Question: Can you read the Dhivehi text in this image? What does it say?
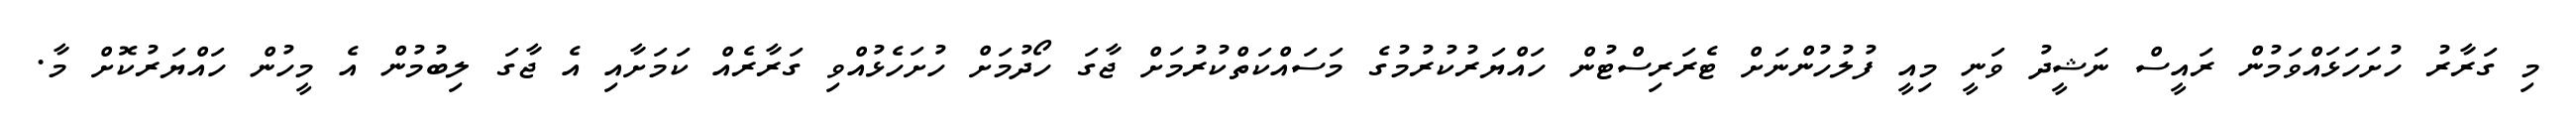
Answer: މި ގަރާރު ހުށަހަޅައްވަމުން ރައީސް ނަޝީދު ވަނީ މިއީ ފުލުހުންނަށް ޓެރަރިސްޓުން ހައްޔަރުކުރުމުގެ މަސައްކަތްކުރުމަށް ޖާގަ ހޯދުމަށް ހުށަހެޅުއްވި ގަރާރެއް ކަމަށާއި އެ ޖާގަ ލިބުމުން އެ މީހުން ހައްޔަރުކޮށް މާ.